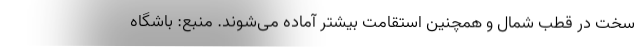
سخت در قطب شمال و همچنین استقامت بیشتر آماده می‌شوند. منبع: باشگاه